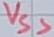
Text: VSS